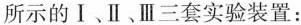
所示的Ⅰ、Ⅱ、Ⅲ三套实验装置：